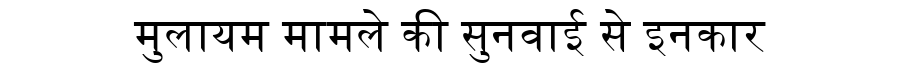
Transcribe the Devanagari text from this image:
मुलायम मामले की सुनवाई से इनकार